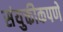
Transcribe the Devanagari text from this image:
संयुक्तीकपणे